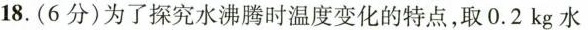
18.(6分)为了探究水沸腾时温度变化的特点，取0.2kg水